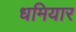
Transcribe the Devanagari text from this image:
धमियार